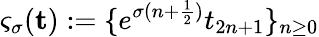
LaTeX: \varsigma_{\sigma}({\mathbf t}):=\{ e^{\sigma(n+\frac{1}{2})}t_{2n+1}\} _{n\geq 0}